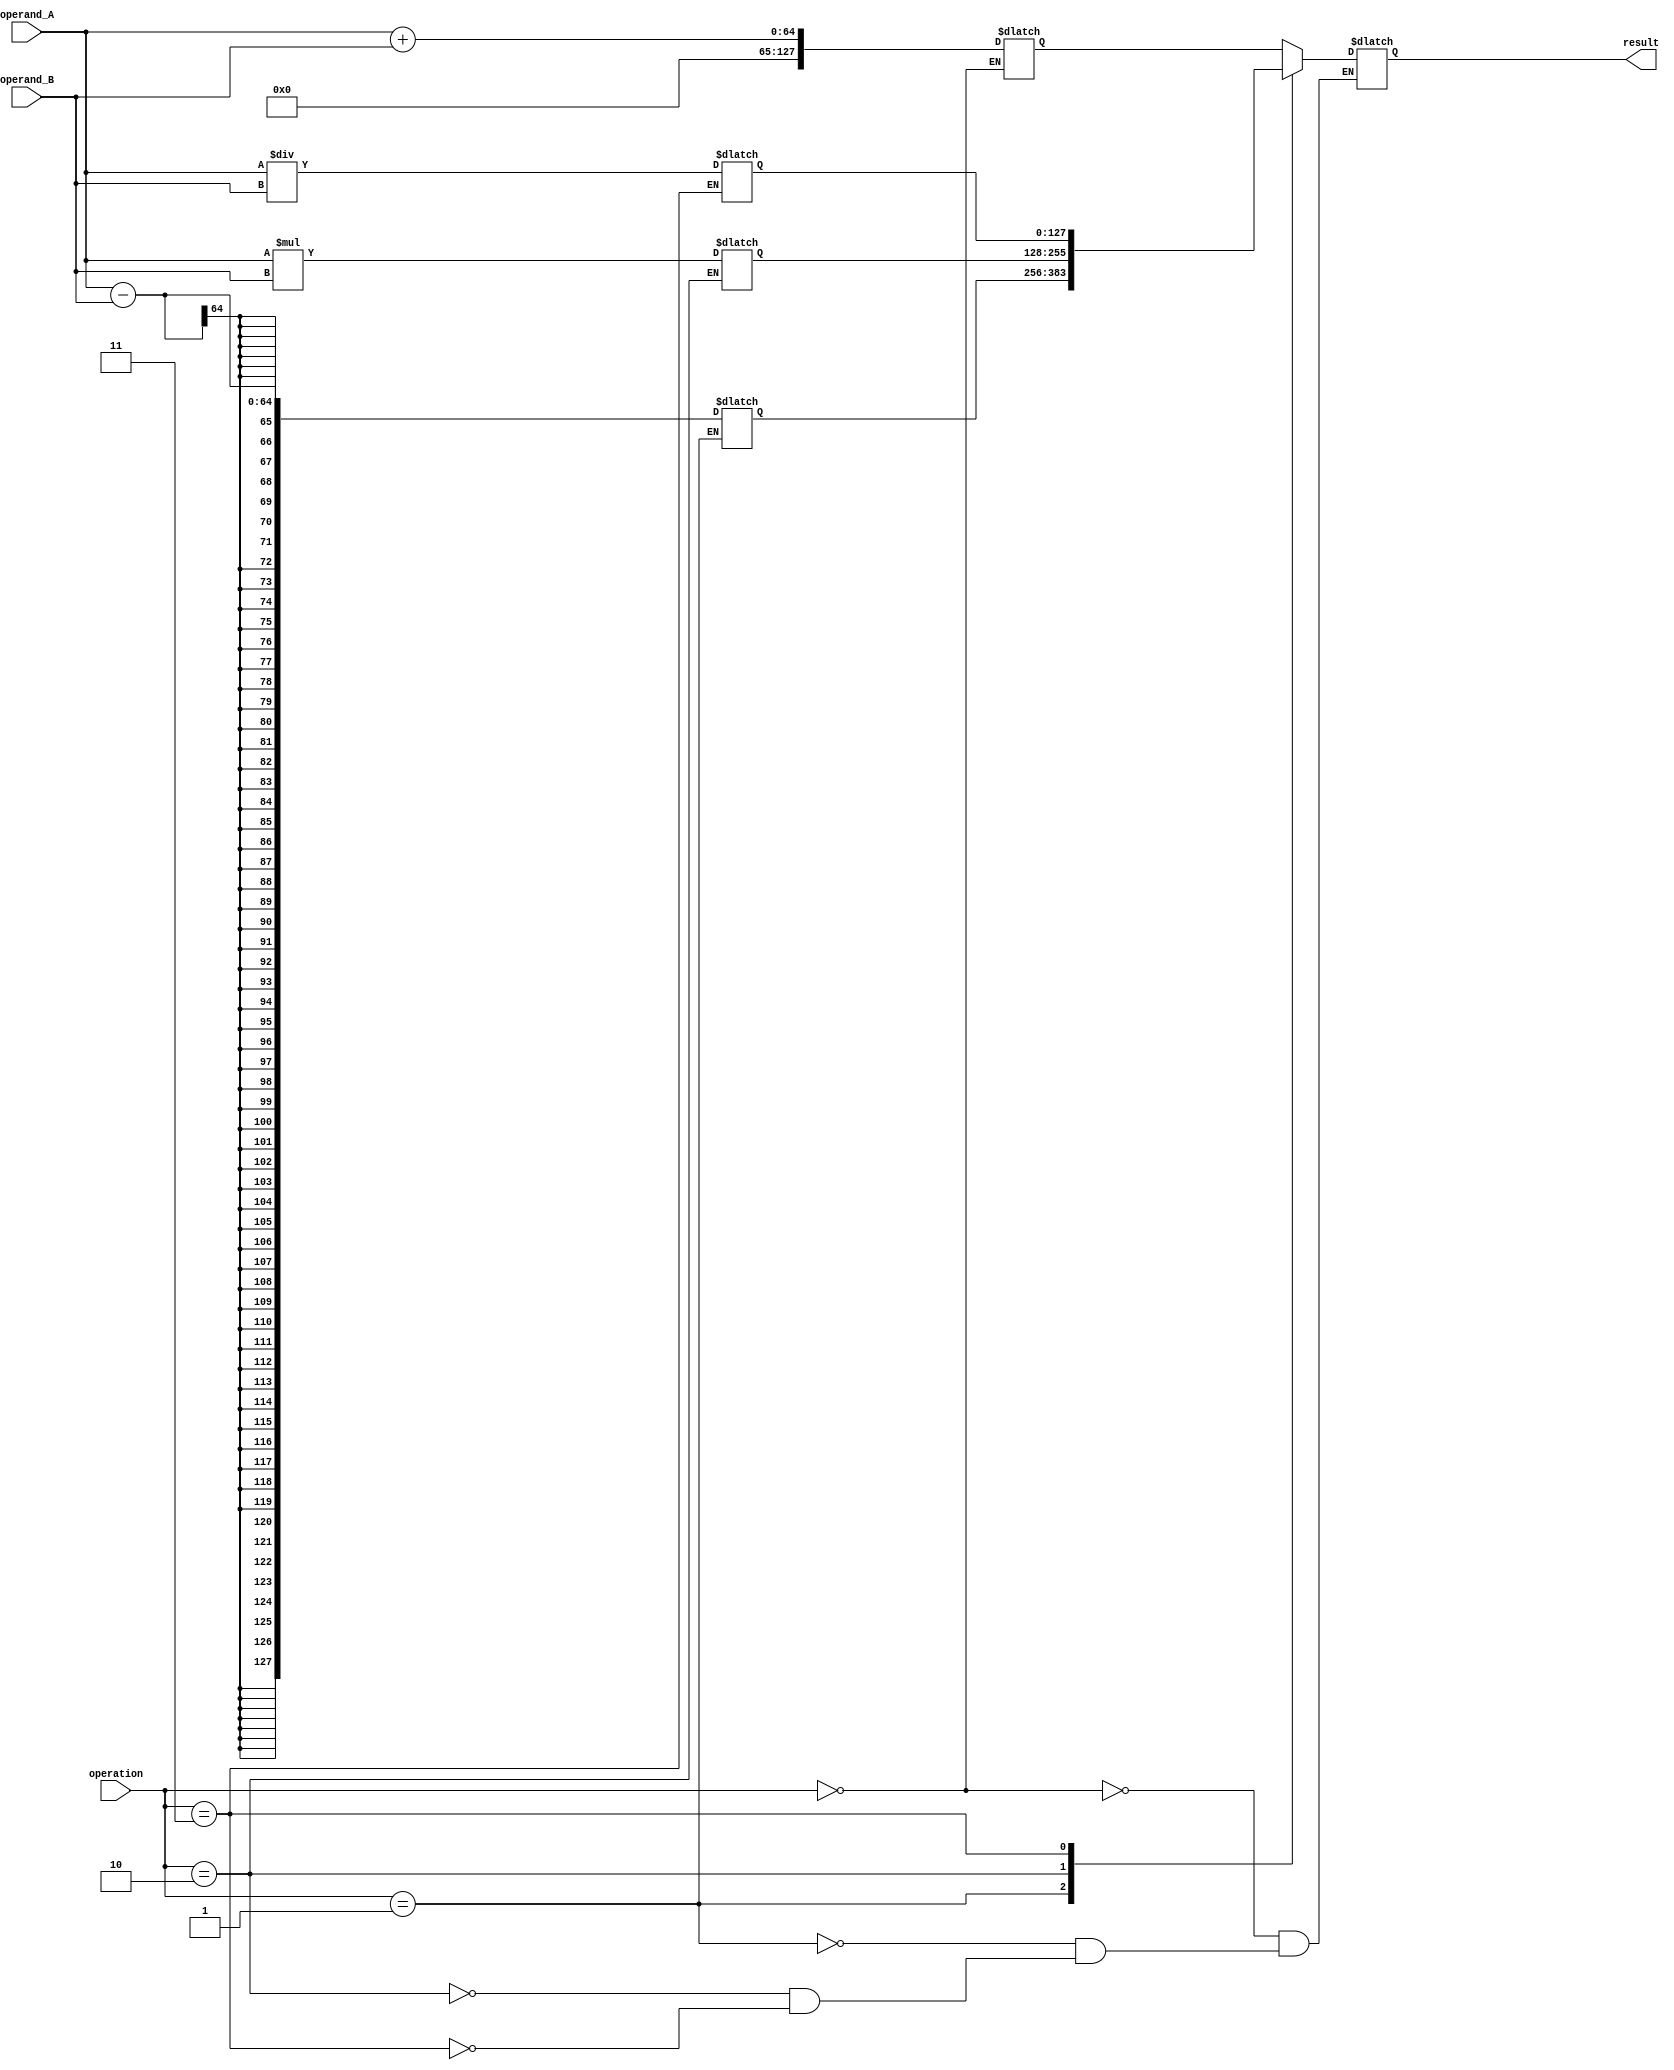
module extended_precision_fp_unit(
    input wire [63:0] operand_A,
    input wire [63:0] operand_B,
    input wire [2:0] operation,
    output reg [127:0] result
);

// Adder block
reg [127:0] adder_output;
always @(*)
begin
    if(operation == 3'b000) // Addition operation
        adder_output = operand_A + operand_B;
end

// Subtractor block
reg [127:0] subtractor_output;
always @(*)
begin
    if(operation == 3'b001) // Subtraction operation
        subtractor_output = operand_A - operand_B;
end

// Multiplier block
reg [127:0] multiplier_output;
always @(*)
begin
    if(operation == 3'b010) // Multiplication operation
        multiplier_output = operand_A * operand_B;
end

// Divider block
reg [127:0] divider_output;
always @(*)
begin
    if(operation == 3'b011) // Division operation
        divider_output = operand_A / operand_B;
end

// Control logic
always @(*)
begin
    case(operation)
        3'b000: result = adder_output;
        3'b001: result = subtractor_output;
        3'b010: result = multiplier_output;
        3'b011: result = divider_output;
    endcase
end

// Error checking and rounding logic can be added here

endmodule